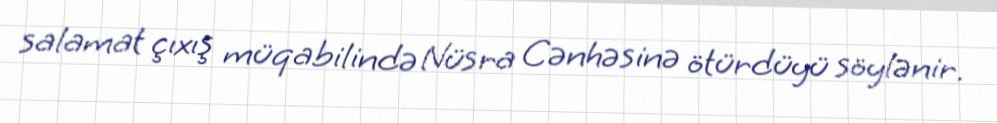
salamat çıxış müqabilində Nüsra Cənhəsinə ötürdüyü söylənir.